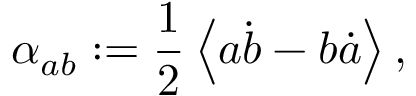
\alpha _ { a b } : = \frac 1 2 \left\langle a \dot { b } - b \dot { a } \right\rangle ,